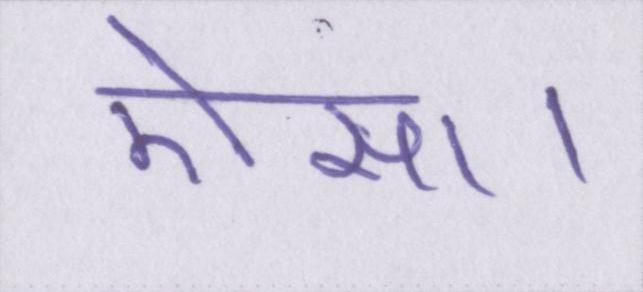
ऐसा।